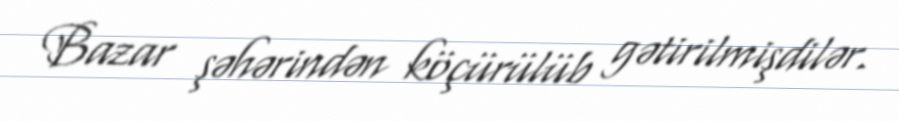
Bazar şəhərindən köçürülüb gətirilmişdilər.